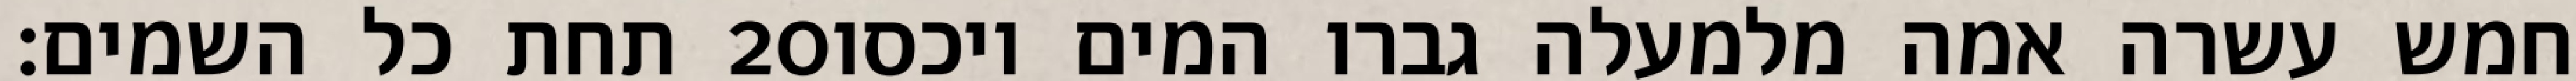
תחת כל השמים׃ ‎20‏ חמש עשרה אמה מלמעלה גברו המים ויכסו